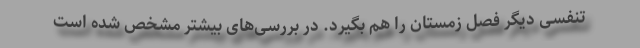
تنفسی دیگر فصل زمستان را هم بگیرد. در بررسی‌های بیشتر مشخص شده است